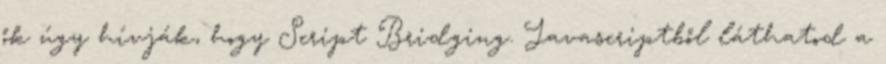
ők úgy hívják, hogy Script Bridging. Javascriptből láthatod a